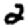
Digit: 2